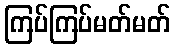
ကြပ်ကြပ်မတ်မတ်